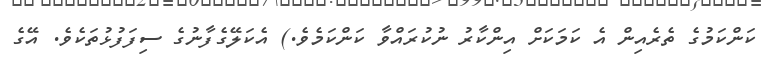
ކަންކަމުގެ ތެރެއިން އެ ކަމަކަށް އިންކާރު ނުކުރައްވާ ކަންކަމެވެ.) އެކަލޭގެފާނުގެ ސިފަފުޅުތަކެވެ. އޭގެ